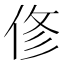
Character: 俢